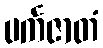
ပင်္ကဇာတံ